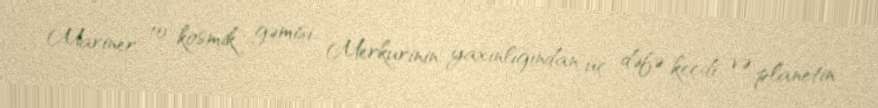
Mariner 10 kosmik gəmisi Merkurinin yaxınlığından üç dəfə keçdi və planetin